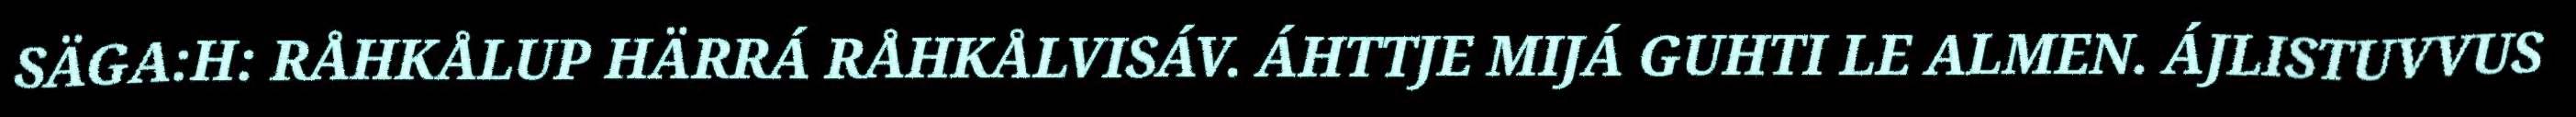
SÄGA:H: RÅHKÅLUP HÄRRÁ RÅHKÅLVISÁV. ÁHTTJE MIJÁ GUHTI LE ALMEN. ÁJLISTUVVUS